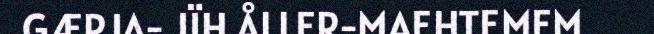
GÆRJA- JÏH ÅLLER-MAEHTEMEM